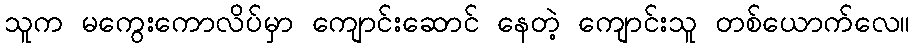
သူက မကွေးကောလိပ်မှာ ကျောင်းဆောင် နေတဲ့ ကျောင်းသူ တစ်ယောက်လေ။